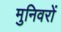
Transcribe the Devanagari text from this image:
मुनिवरों